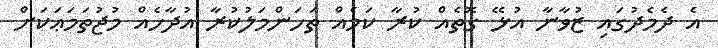
އެ ދެމެދުގައި ޒުވާނާ އުޅޭ ގޮތެއް ކުރާ ކަމެއް ތަހަންމަލުކުރާ އުދާހެއް މުޖުތަމަޢަކަށް